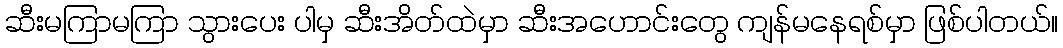
ဆီးမကြာမကြာ သွားပေး ပါမှ ဆီးအိတ်ထဲမှာ ဆီးအဟောင်းတွေ ကျန်မနေရစ်မှာ ဖြစ်ပါတယ်။